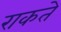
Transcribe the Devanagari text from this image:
राकते